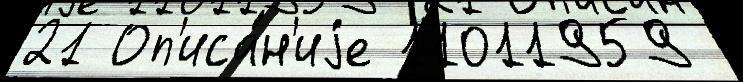
21 Оп'иса́н'иjе 11011959